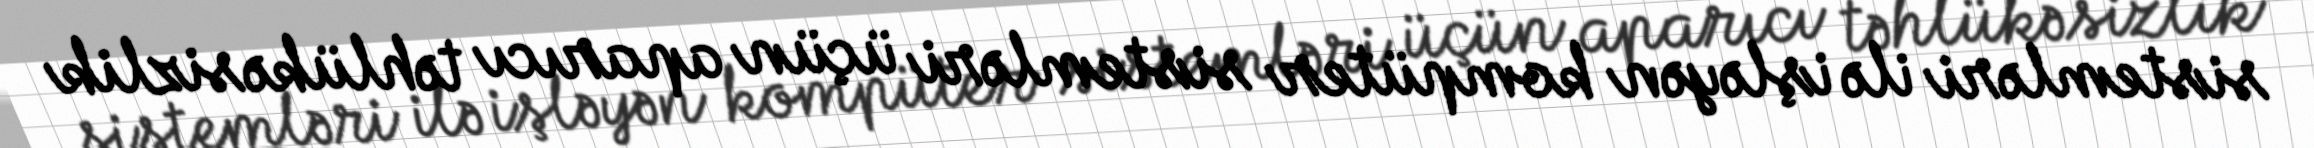
sistemləri ilə işləyən kompüter sistemləri üçün aparıcı təhlükəsizlik